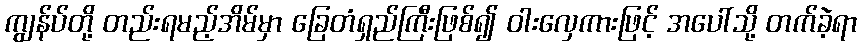
ကျွန်ပ်တို့ တည်းရမည့်အိမ်မှာ ခြေတံရှည်ကြီးဖြစ်၍ ဝါးလှေကားဖြင့် အပေါ်သို့ တက်ခဲ့ရာ